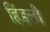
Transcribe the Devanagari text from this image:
हिंडली